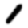
Digit: 1